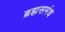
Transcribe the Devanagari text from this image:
ब्रह्मसमंध